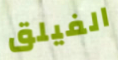
الفيلق